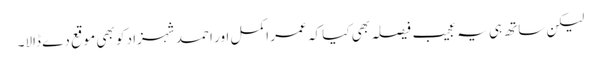
لیکن ساتھ ہی یہ عجیب فیصلہ بھی کیا کہ عمر اکمل اور احمد شہزاد کو بھی موقع دے ڈالا۔